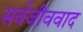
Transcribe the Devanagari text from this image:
सर्वजीववाद